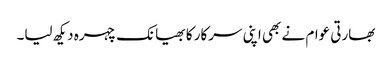
بھارتی عوام نے بھی اپنی سرکار کا بھیانک چہرہ دیکھ لیا۔